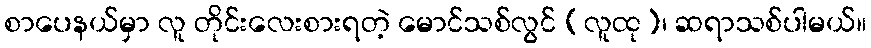
စာပေနယ်မှာ လူ တိုင်းလေးစားရတဲ့ မောင်သစ်လွင် (လူထု)၊ ဆရာသစ်ပါမယ်။